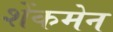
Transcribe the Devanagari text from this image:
शेंकमेन